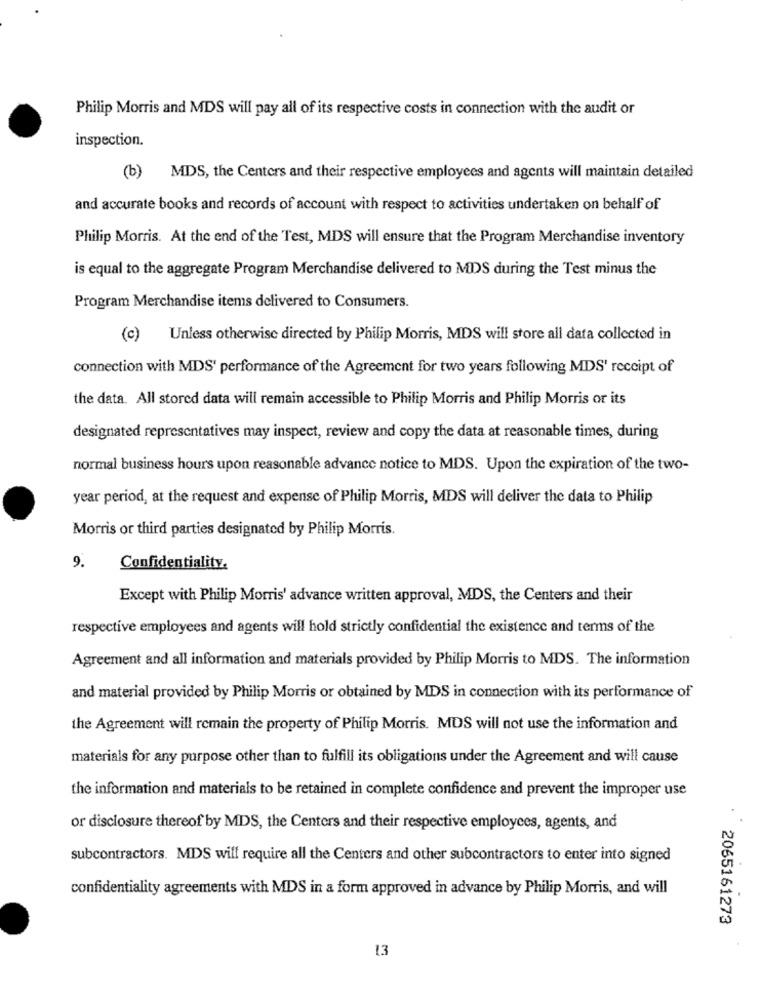
Philip Morris and MDS will pay all of its respective costs in connection with the audit or
inspection.
(b)
MDS, the Centers and their respective employees and agents will maintain detailed
and accurate books and records of account with respect to activities undertaken on behalf of
Philip Morris. At the end of the Test, MDS will ensure that the Program Merchandise inventory
is equal to the aggregate Program Merchandise delivered to MDS during the Test minus the
Program Merchandise items delivered to Consumers.
(c)
Unless otherwise directed by Philip Morris, MDS will store all data collected in
connection with MDS' performance of the Agreement for two years following MDS' receipt of
the data. All stored data will remain accessible to Philip Morris and Philip Morris or its
designated representatives may inspect, review and copy the data at reasonable times, during
normal business hours upon reasonable advance notice to MDS. Upon the expiration of the two-
year period, at the request and expense of Philip Morris, MDS will deliver the data to Philip
Morris or third parties designated by Philip Morris.
9.
Confidentiality.
Except with Philip Morris' advance written approval, MDS, the Centers and their
respective employees and agents will hold strictly confidential the existence and terms of the
Agreement and all information and materials provided by Philip Morris to MDS. The information
and material provided by Philip Morris or obtained by MDS in connection with its performance of
the Agreement will remain the property of Philip Morris. MDS will not use the information and
materials for any purpose other than to fulfill its obligations under the Agreement and will cause
the information and materials to be retained in complete confidence and prevent the improper use
or disclosure thereof by MDS, the Centers and their respective employees, agents, and
subcontractors. MDS will require all the Centers and other subcontractors to enter into signed
confidentiality agreements with MDS in a form approved in advance by Philip Morris, and will
2065161273
13